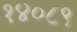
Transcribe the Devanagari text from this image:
१४०८९